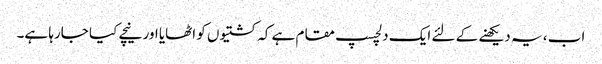
اب ، یہ دیکھنے کے لئے ایک دلچسپ مقام ہے کہ کشتیوں کو اٹھایا اور نیچے کیا جارہا ہے۔